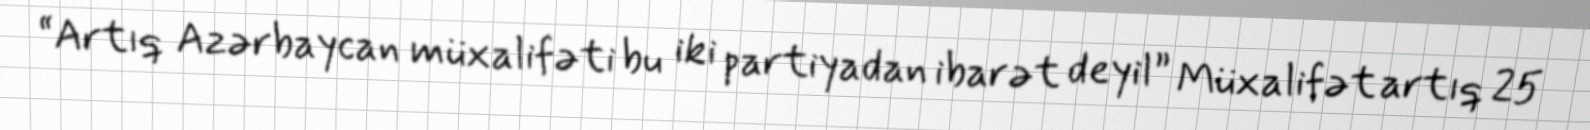
“Artıq Azərbaycan müxalifəti bu iki partiyadan ibarət deyil” Müxalifət artıq 25